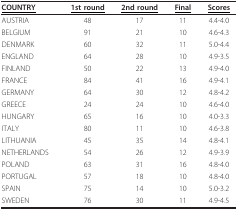
<table><thead><tr><td><b><underline>COUNTRY</underline></b></td><td><b><underline>1st round</underline></b></td><td><b><underline>2nd round</underline></b></td><td><b><underline>Final</underline></b></td><td><b><underline>Scores</underline></b></td></tr></thead><tbody><tr><td>AUSTRIA</td><td>48</td><td>17</td><td>11</td><td>4.4-4.0</td></tr><tr><td>BELGIUM</td><td>91</td><td>21</td><td>10</td><td>4.6-4.3</td></tr><tr><td>DENMARK</td><td>60</td><td>32</td><td>11</td><td>5.0-4.4</td></tr><tr><td>ENGLAND</td><td>64</td><td>28</td><td>10</td><td>4.9-3.5</td></tr><tr><td>FINLAND</td><td>50</td><td>22</td><td>13</td><td>4.9-4.0</td></tr><tr><td>FRANCE</td><td>84</td><td>41</td><td>16</td><td>4.9-4.1</td></tr><tr><td>GERMANY</td><td>64</td><td>30</td><td>12</td><td>4.8-4.2</td></tr><tr><td>GREECE</td><td>24</td><td>24</td><td>10</td><td>4.6-4.0</td></tr><tr><td>HUNGARY</td><td>65</td><td>16</td><td>10</td><td>4.0-3.3</td></tr><tr><td>ITALY</td><td>80</td><td>11</td><td>10</td><td>4.6-3.8</td></tr><tr><td>LITHUANIA</td><td>45</td><td>35</td><td>14</td><td>4.8-4.1</td></tr><tr><td>NETHERLANDS</td><td>54</td><td>26</td><td>12</td><td>4.9-3.9</td></tr><tr><td>POLAND</td><td>63</td><td>31</td><td>16</td><td>4.8-4.0</td></tr><tr><td>PORTUGAL</td><td>57</td><td>18</td><td>10</td><td>4.8-4.0</td></tr><tr><td>SPAIN</td><td>75</td><td>14</td><td>10</td><td>5.0-3.2</td></tr><tr><td>SWEDEN</td><td>76</td><td>30</td><td>11</td><td>4.9-4.5</td></tr></tbody></table>